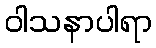
ဝါသနာပါရာ